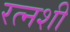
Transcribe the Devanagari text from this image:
रत्नशी